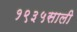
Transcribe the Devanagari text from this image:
१९३५साली